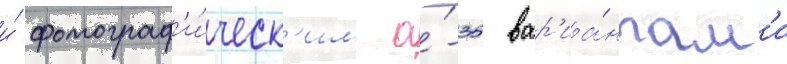
и́ фотограф'и́ческ'им а́-35 вар'иа́нтам'и